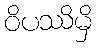
ဝိပဿိမှိ